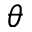
\theta